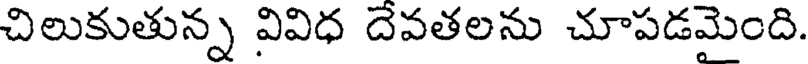
చిలుకుతున్న వివిధ దెవతలను చూపడమెంది.